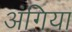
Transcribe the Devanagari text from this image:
अंगिया